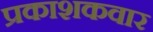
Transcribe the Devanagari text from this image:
प्रकाशकवार